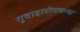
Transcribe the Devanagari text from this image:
गुवाहाटीमधल्या